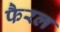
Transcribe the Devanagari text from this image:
फैरल